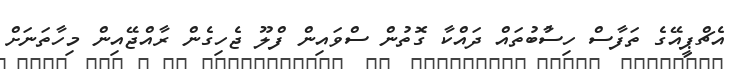
އެޗްޕީއޭގެ ތަފާސް ހިސާުބުތައް ދައްކާ ގޮތުން ސްވައިން ފްލޫ ޖެހިގެން ރާއްޖޭއިން މިހާތަނަށް